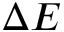
\Delta E